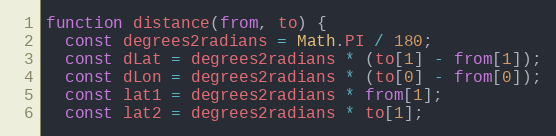
Language: JavaScript
function distance(from, to) {
  const degrees2radians = Math.PI / 180;
  const dLat = degrees2radians * (to[1] - from[1]);
  const dLon = degrees2radians * (to[0] - from[0]);
  const lat1 = degrees2radians * from[1];
  const lat2 = degrees2radians * to[1];